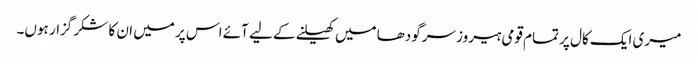
میری ایک کال پر تمام قومی ہیروز سرگودھا میں کھیلنے کے لیے آئے اس پر میں ان کا شکر گزار ہوں۔